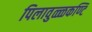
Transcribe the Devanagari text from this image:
पिलावुळ्ळकण्टि